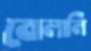
বোলালি